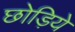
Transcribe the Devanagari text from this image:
छोड़िये